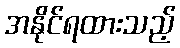
အနိုင်ရထားသည့်